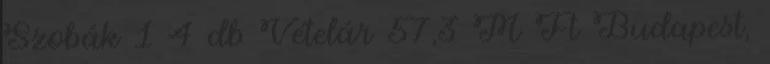
Szobák 1 4 db Vételár 57,3 M Ft Budapest,